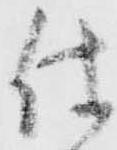
仕